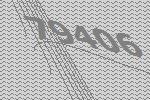
79406